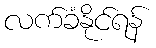
လက်ခံနိုင်ရန်